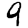
Digit: 9